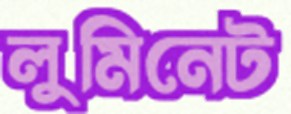
লুমিনেট